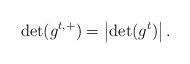
LaTeX: \begin{align*}\det (g^{t,+})=\left\vert \det (g^{t})\right\vert . \end{align*}